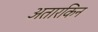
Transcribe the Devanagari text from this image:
अतारकिन